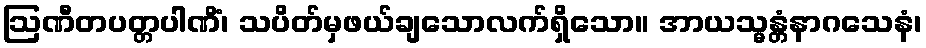
ဩဏီတပတ္တပါဏိံ၊ သပိတ်မှဖယ်ချသောလက်ရှိသော။ အာယသ္မန္တံနာဂသေနံ၊